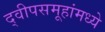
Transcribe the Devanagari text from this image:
द्वीपसमूहांमध्ये